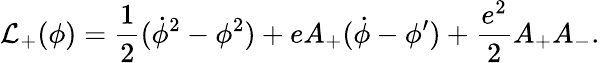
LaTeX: {\cal L}_{+}(\phi)={\frac{1}{2}}(\dot{\phi}^{2}-\phi^{2})+eA_{+}(\dot{\phi}-\phi^{\prime})+{\frac{e^{2}}{2}}A_{+}A_{-}.